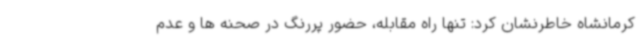
کرمانشاه خاطرنشان کرد: تنها راه مقابله، حضور پررنگ در صحنه ها و عدم